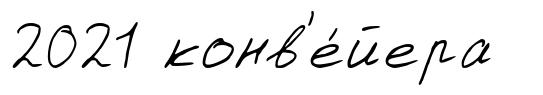
2021 конв'е́йера